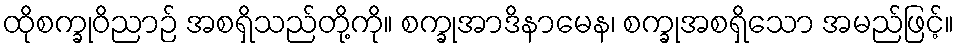
ထိုစက္ခုဝိညာဉ် အစရှိသည်တို့ကို။ စက္ခုအာဒိနာမေန၊ စက္ခုအစရှိသော အမည်ဖြင့်။